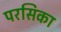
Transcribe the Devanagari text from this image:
परसिका